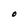
Character: O